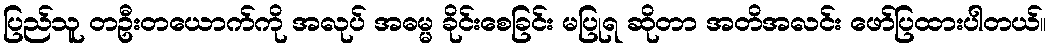
ပြည်သူ တဦးတယောက်ကို အလုပ် အဓမ္မ ခိုင်းစေခြင်း မပြုရ ဆိုတာ အတိအလင်း ဖော်ပြထားပါတယ်။